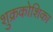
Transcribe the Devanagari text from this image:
शुक्रकोशिका